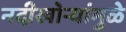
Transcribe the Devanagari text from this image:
नदीखोर्‍यांमुळे